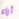
أراء